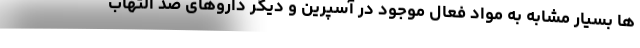
ها بسیار مشابه به مواد فعال موجود در آسپرین و دیگر داروهای ضد التهاب